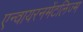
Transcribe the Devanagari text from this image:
एन्वायरनमेंटलिज्म